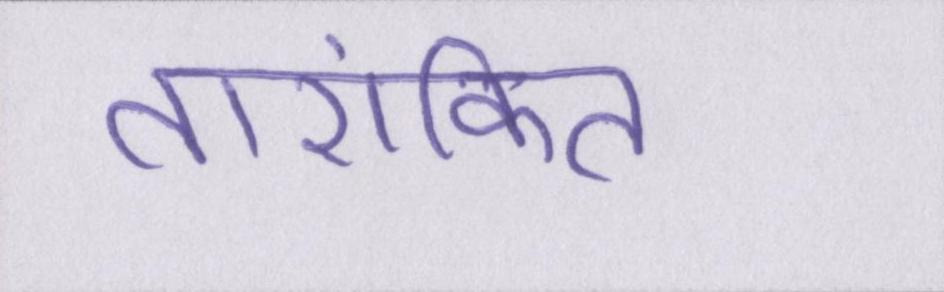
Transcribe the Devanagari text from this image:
तारांकित